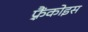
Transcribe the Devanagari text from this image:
फ़्रैंकोइस